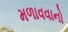
મળાવવાનો